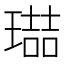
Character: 𭹶